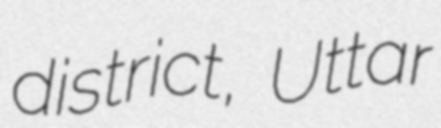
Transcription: district, Uttar